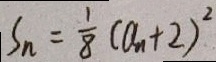
S _ { n } = \frac { 1 } { 8 } ( a _ { n } + 2 ) ^ { 2 }